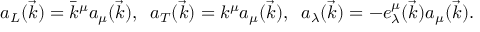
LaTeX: a _ { L } ( \vec { k } ) = \bar { k } ^ { \mu } a _ { \mu } ( \vec { k } ) , \; \; a _ { T } ( \vec { k } ) = k ^ { \mu } a _ { \mu } ( \vec { k } ) , \; \; a _ { \lambda } ( \vec { k } ) = - e _ { \lambda } ^ { \mu } ( \vec { k } ) a _ { \mu } ( \vec { k } ) .